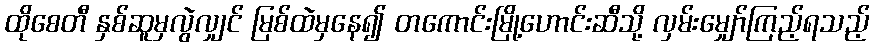
ထိုစေတီ နှစ်ဆူမှလွဲလျှင် မြစ်ထဲမှနေ၍ တကောင်းမြို့ဟောင်းဆီသို့ လှမ်းမျှော်ကြည့်ရသည့်